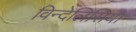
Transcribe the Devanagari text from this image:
विन्देलिसिया